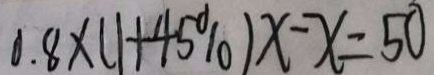
0 . 8 \times ( 1 + 4 5 \% ) x - x = 5 0